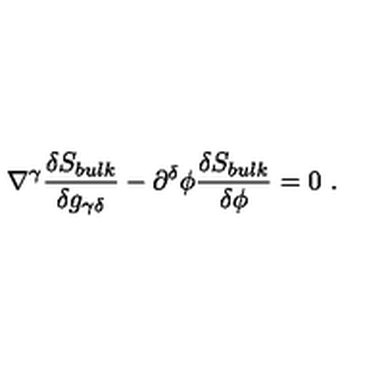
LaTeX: \nabla ^ { \gamma } { \frac { \delta S _ { b u l k } } { \delta g _ { \gamma \delta } } } - \partial ^ { \delta } \phi { \frac { \delta S _ { b u l k } } { \delta \phi } } = 0 \ .